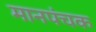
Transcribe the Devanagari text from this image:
मानपंचक